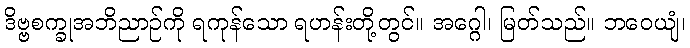
ဒိဗ္ဗစက္ခုအဘိညာဉ်ကို ရကုန်သော ရဟန်းတို့တွင်။ အဂ္ဂေါ၊ မြတ်သည်။ ဘဝေယျံ၊